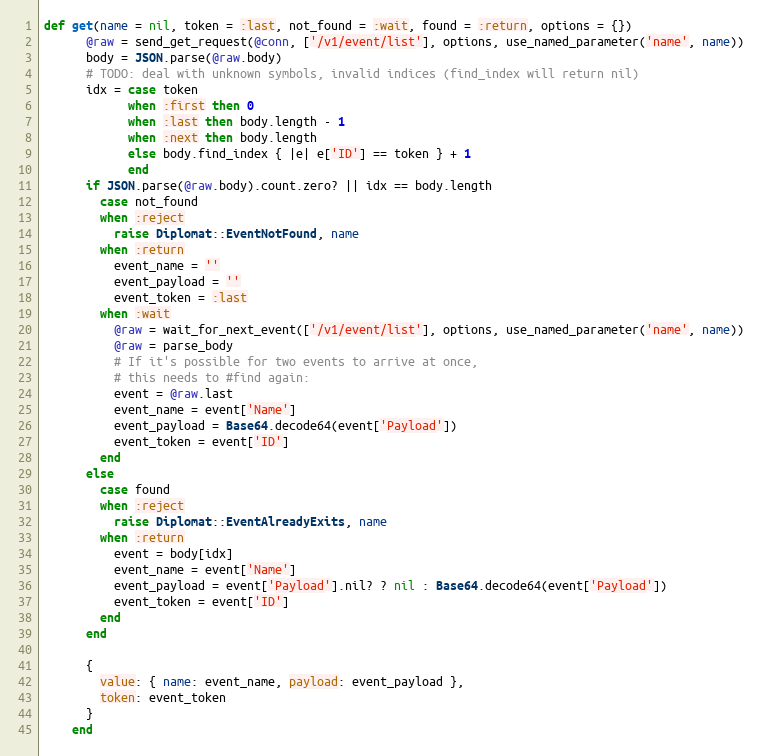
Language: Ruby
def get(name = nil, token = :last, not_found = :wait, found = :return, options = {})
      @raw = send_get_request(@conn, ['/v1/event/list'], options, use_named_parameter('name', name))
      body = JSON.parse(@raw.body)
      # TODO: deal with unknown symbols, invalid indices (find_index will return nil)
      idx = case token
            when :first then 0
            when :last then body.length - 1
            when :next then body.length
            else body.find_index { |e| e['ID'] == token } + 1
            end
      if JSON.parse(@raw.body).count.zero? || idx == body.length
        case not_found
        when :reject
          raise Diplomat::EventNotFound, name
        when :return
          event_name = ''
          event_payload = ''
          event_token = :last
        when :wait
          @raw = wait_for_next_event(['/v1/event/list'], options, use_named_parameter('name', name))
          @raw = parse_body
          # If it's possible for two events to arrive at once,
          # this needs to #find again:
          event = @raw.last
          event_name = event['Name']
          event_payload = Base64.decode64(event['Payload'])
          event_token = event['ID']
        end
      else
        case found
        when :reject
          raise Diplomat::EventAlreadyExits, name
        when :return
          event = body[idx]
          event_name = event['Name']
          event_payload = event['Payload'].nil? ? nil : Base64.decode64(event['Payload'])
          event_token = event['ID']
        end
      end

      {
        value: { name: event_name, payload: event_payload },
        token: event_token
      }
    end